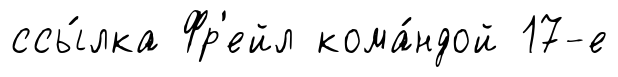
ссы́лка Фр'ейл кома́ндой 17-е